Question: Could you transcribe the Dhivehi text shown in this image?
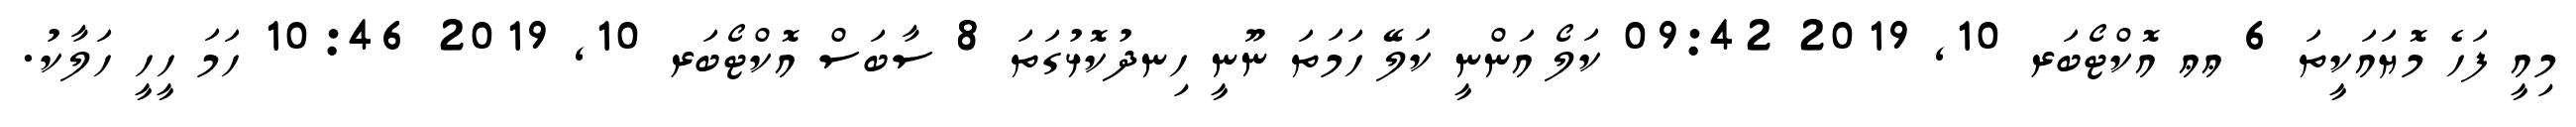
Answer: މިއީ ފަހެ މޮޔައަކީތަ 6 ޢޢ އޮކްޓޯބަރ 10, 2019 09:42 ކަލޯ އަންނީ ކަލޭ ހަމަތަ ނޫނީ ހިނދުކޮޅުގަތަ 8 ސާބަސް އޮކްޓޯބަރ 10, 2019 10:46 ހަމަ ހީހީ ހަލާކު.